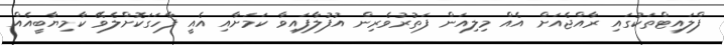
ފްލައިޓްތަކުގައި ރާއްޖެއަށް އެއް މިލިއަން ފަތުރުވެރިން އުފުލާފައިވާ ކަމަށާއި އެއީ ފާހަގަކޮށްލެވޭ ކާމިޔާބީއެއް